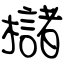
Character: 櫧